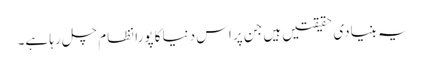
یہ بنیادی حقیقتیں ہیں جن پر اس دنیا کا پورا نظام چل رہا ہے۔